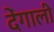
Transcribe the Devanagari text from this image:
देंगाली